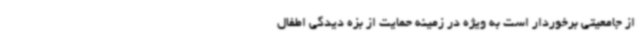
از جامعیتی برخوردار است به ویژه در زمینه حمایت از بزه دیدگی اطفال